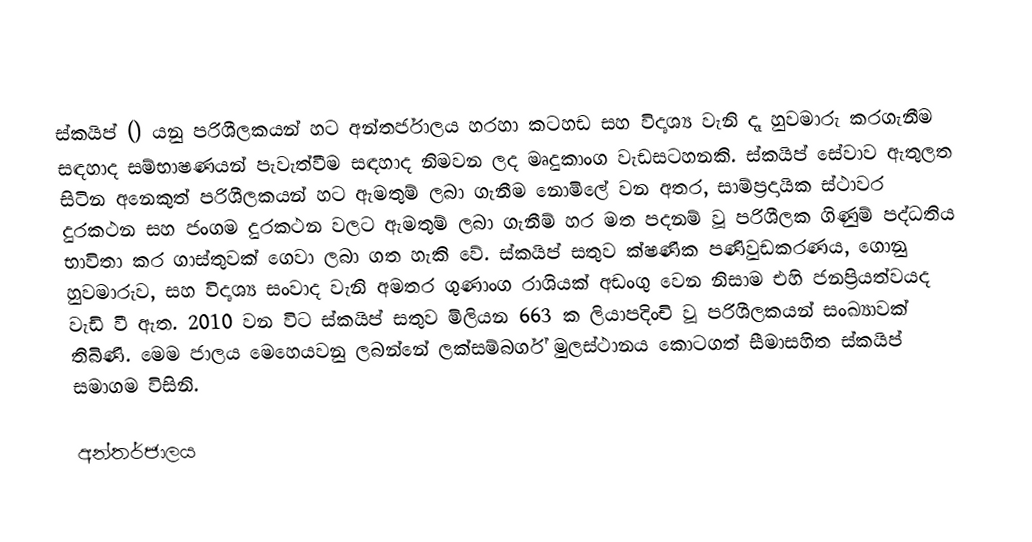
ස්කයිප් () යනු පරිශීලකයන් හට අන්තර්ජාලය හරහා කටහඩ සහ විදෘශ්‍ය වැනි දෑ හුවමාරු කරගැනීම සඳහාද සම්භාෂණයන් පැවැත්වීම සඳහාද නිමවන ලද මෘදුකාංග වැඩසටහනකි. ස්කයිප් සේවාව ඇතුලත සිටින අනෙකුත් පරිශීලකයන් හට ඇමතුම් ලබා ගැනීම නොමිලේ වන අතර, සාම්ප්‍රදායික ස්ථාවර දුරකථන සහ ජංගම දුරකථන වලට ඇමතුම් ලබා ගැනීම් හර මත පදනම් වූ පරිශීලක ගිණුම් පද්ධතිය භාවිතා කර ගාස්තුවක් ගෙවා ලබා ගත හැකි වේ. ස්කයිප් සතුව ක්ෂණික පණිවුඩකරණය, ගොනු හුවමාරුව, සහ විදෘශ්‍ය සංවාද වැනි අමතර ගුණාංග රාශියක් අඩංගු වෙන නිසාම එහි ජනප්‍රියත්වයද වැඩි වී ඇත. 2010 වන විට ස්කයිප් සතුව මිලියන 663 ක ලියාපදිංචි වූ පරිශීලකයන් සංඛ්‍යාවක් තිබිණි. මෙම ජාලය මෙහෙයවනු ලබන්නේ ලක්සම්බර්ග් මුලස්ථානය කොටගත් සීමාසහිත ස්කයිප් සමාගම විසිනි.

අන්තර්ජාලය